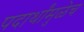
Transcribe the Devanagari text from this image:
पदार्थांमुळेच